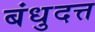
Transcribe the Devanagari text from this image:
बंधुदत्त